Indian Civil Veterinary Department memoirs
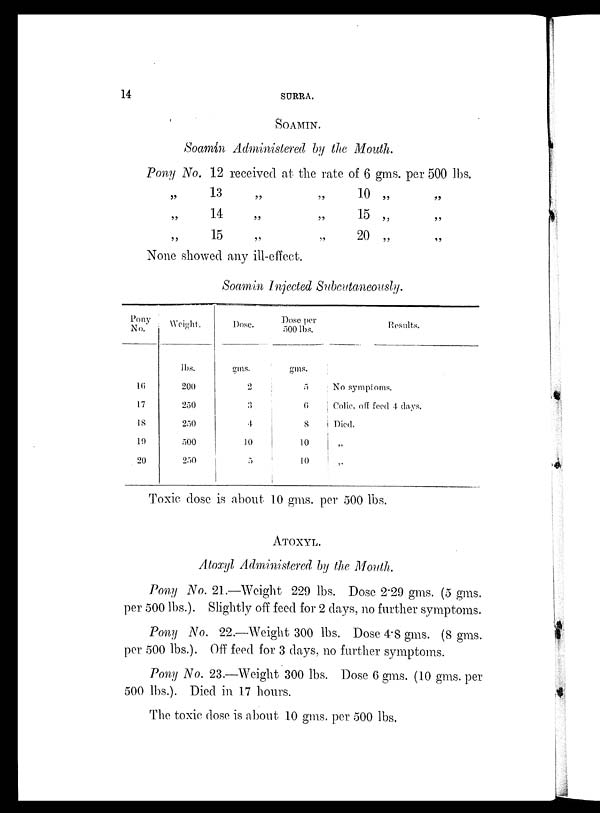
14
SURRA.
SOAMIN.
Soamin Administered by the Mouth.
Pony No. 12 received at the rate of 6 gms. per 500 lbs.
„
„
„
13
14
15
„
„
„
„
„
„
10
15
20
„
„
„
„
„
„
None showed any ill-effect.
Soamin Injected Subcutaneously.
Pony
No.
16
17
18
19
20
Weight.
lbs.
200
250
250
500
250
Dose.
gms.
2
3
4
10
5
Dose
per
500 lbs.
gms.
5
6
8
10
10
Results.
No symptoms.
Colic, off feed 4 days.
Died.
„
„
Toxic dose is about 10 gms. per 500 lbs.
ATOXYL.
Atoxyl Administered by the Mouth.
Pony No. 21.—Weight 229 lbs. Dose 2.29 gms. (5 gms.
per 500 lbs.). Slightly off feed for 2 days, no further symptoms.
Pony No. 22.—Weight 300 lbs. Dose 4.8 gms. (8 gms.
per 500 lbs.). Off feed for 3 days, no further symptoms.
Pony No. 23.—Weight 300 lbs. Dose 6 gms. (10 gms. per
500 lbs.). Died in. 17 hours.
The toxic dose is about 10 gms. per 500 lbs.